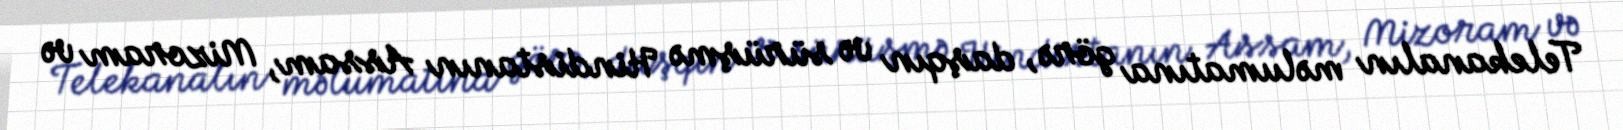
Telekanalın məlumatına görə, daşqın və sürüşmə Hindistanın Assam, Mizoram və